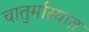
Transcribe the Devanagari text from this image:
चातुर्मास्यात